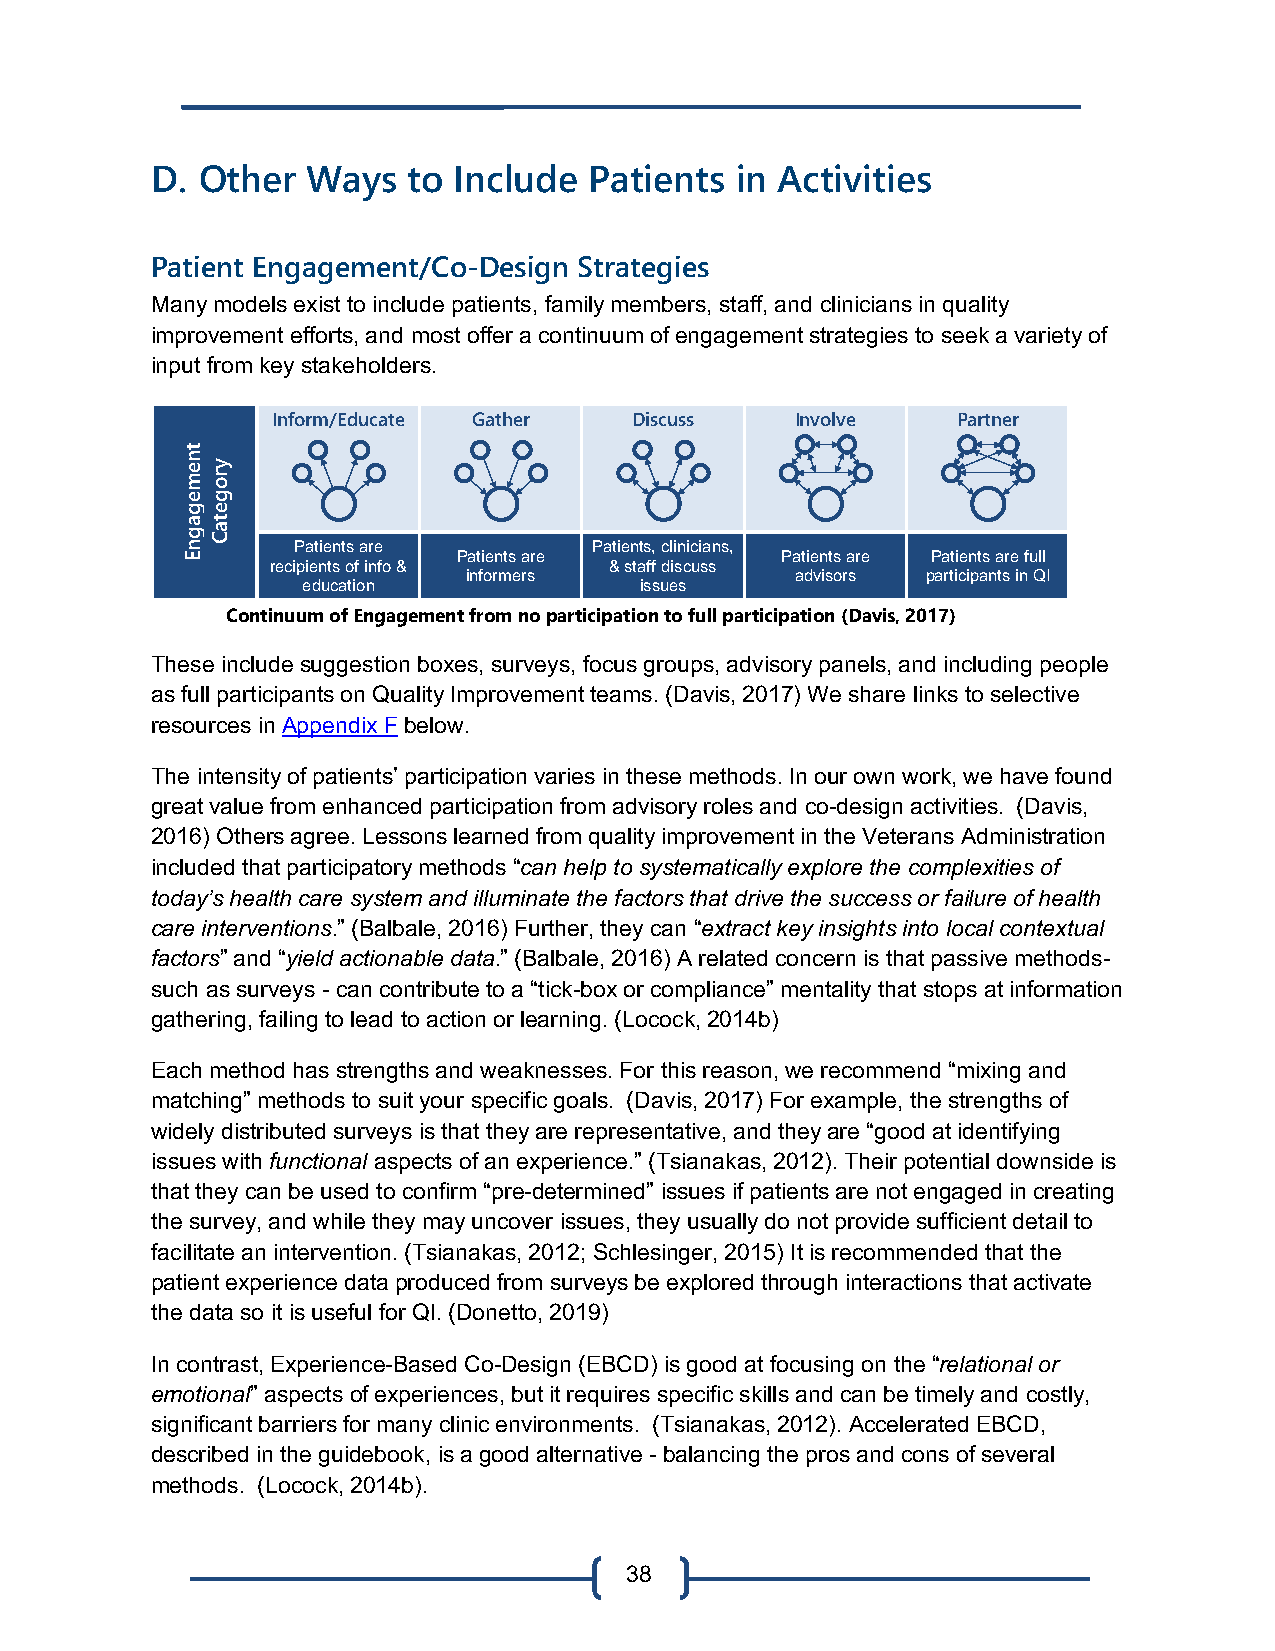
D. Other  Ways   to Include  Patients  in Activities
 Patient Engagement/Co-Design Strategies
 Many models exist to include patients, family members, staff, and clinicians in quality
 improvement efforts, and most offer a continuum of engagement strategies to seek a variety of
 input from key stakeholders.
 Inform/Educate Gather   Discuss    Involve   Partner
 Patients are        Patients, clinicians,
 Patients are          Patients are Patients are full
 recipients of info &  & staff discuss
 informers             advisors participants in QI
 education             issues
 Continuum of Engagement from no participation to full participation (Davis, 2017)
 These include suggestion boxes, surveys, focus groups, advisory panels, and including people
 as full participants on Quality Improvement teams. (Davis, 2017) We share links to selective
 resources in Appendix F below.
 The intensity of patients’ participation varies in these methods. In our own work, we have found
 great value from enhanced participation from advisory roles and co-design activities. (Davis,
 2016) Others agree. Lessons learned from quality improvement in the Veterans Administration
 included that participatory methods “can help to systematically explore the complexities of
 today’s health care system and illuminate the factors that drive the success or failure of health
 care interventions.” (Balbale, 2016) Further, they can “extract key insights into local contextual
 factors” and “yield actionable data.” (Balbale, 2016) A related concern is that passive methods-
 such as surveys - can contribute to a “tick-box or compliance” mentality that stops at information
 gathering, failing to lead to action or learning. (Locock, 2014b)
 Each method has strengths and weaknesses. For this reason, we recommend “mixing and
 matching” methods to suit your specific goals. (Davis, 2017) For example, the strengths of
 widely distributed surveys is that they are representative, and they are “good at identifying
 issues with functional aspects of an experience.” (Tsianakas, 2012). Their potential downside is
 that they can be used to confirm “pre-determined” issues if patients are not engaged in creating
 the survey, and while they may uncover issues, they usually do not provide sufficient detail to
 facilitate an intervention. (Tsianakas, 2012; Schlesinger, 2015) It is recommended that the
 patient experience data produced from surveys be explored through interactions that activate
 the data so it is useful for QI. (Donetto, 2019)
 In contrast, Experience-Based Co-Design (EBCD) is good at focusing on the “relational or
 emotional” aspects of experiences, but it requires specific skills and can be timely and costly,
 significant barriers for many clinic environments. (Tsianakas, 2012). Accelerated EBCD,
 described in the guidebook, is a good alternative - balancing the pros and cons of several
 methods. (Locock, 2014b).
 38
 tnemegagnE
 yrogetaC